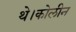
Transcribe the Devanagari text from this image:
थे।कोलीन